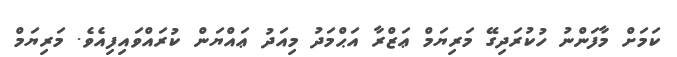
ކަމަށް މާފަންނު ހުކުރަދިގޭ މަރިޔަމް ޢަޒްރާ އަޙްމަދު މިއަދު ޢައްޔަން ކުރައްވައިފިއެވެ. މަރިޔަމް